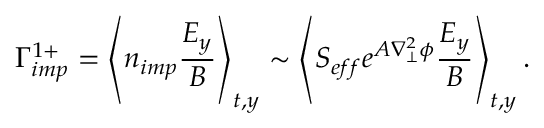
\Gamma _ { i m p } ^ { 1 + } = \left\langle n _ { i m p } \frac { E _ { y } } { B } \right\rangle _ { t , y } \sim \left\langle S _ { e f f } e ^ { A \nabla _ { \perp } ^ { 2 } \phi } \frac { E _ { y } } { B } \right\rangle _ { t , y } .